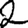
Digit: 2